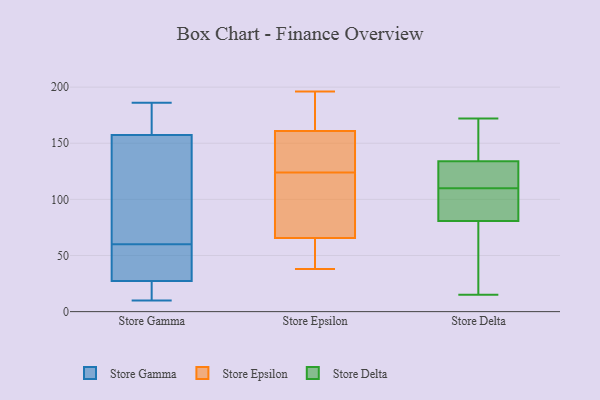
{"axis": {"x": "Latency (ms)", "y": "Value"}, "legend": ["Store Delta", "Store Epsilon", "Store Gamma"], "data": [{"x": "", "y": 34, "type": "Store Gamma"}, {"x": "", "y": 173, "type": "Store Gamma"}, {"x": "", "y": 64, "type": "Store Gamma"}, {"x": "", "y": 35, "type": "Store Gamma"}, {"x": "", "y": 60, "type": "Store Gamma"}, {"x": "", "y": 186, "type": "Store Gamma"}, {"x": "", "y": 131, "type": "Store Gamma"}, {"x": "", "y": 10, "type": "Store Gamma"}, {"x": "", "y": 166, "type": "Store Gamma"}, {"x": "", "y": 25, "type": "Store Gamma"}, {"x": "", "y": 23, "type": "Store Gamma"}, {"x": "", "y": 44, "type": "Store Epsilon"}, {"x": "", "y": 164, "type": "Store Epsilon"}, {"x": "", "y": 142, "type": "Store Epsilon"}, {"x": "", "y": 116, "type": "Store Epsilon"}, {"x": "", "y": 78, "type": "Store Epsilon"}, {"x": "", "y": 56, "type": "Store Epsilon"}, {"x": "", "y": 124, "type": "Store Epsilon"}, {"x": "", "y": 134, "type": "Store Epsilon"}, {"x": "", "y": 160, "type": "Store Epsilon"}, {"x": "", "y": 68, "type": "Store Epsilon"}, {"x": "", "y": 177, "type": "Store Epsilon"}, {"x": "", "y": 196, "type": "Store Epsilon"}, {"x": "", "y": 153, "type": "Store Epsilon"}, {"x": "", "y": 38, "type": "Store Epsilon"}, {"x": "", "y": 64, "type": "Store Epsilon"}, {"x": "", "y": 179, "type": "Store Epsilon"}, {"x": "", "y": 66, "type": "Store Epsilon"}, {"x": "", "y": 60, "type": "Store Delta"}, {"x": "", "y": 155, "type": "Store Delta"}, {"x": "", "y": 131, "type": "Store Delta"}, {"x": "", "y": 123, "type": "Store Delta"}, {"x": "", "y": 139, "type": "Store Delta"}, {"x": "", "y": 75, "type": "Store Delta"}, {"x": "", "y": 98, "type": "Store Delta"}, {"x": "", "y": 110, "type": "Store Delta"}, {"x": "", "y": 15, "type": "Store Delta"}, {"x": "", "y": 120, "type": "Store Delta"}, {"x": "", "y": 172, "type": "Store Delta"}, {"x": "", "y": 135, "type": "Store Delta"}, {"x": "", "y": 101, "type": "Store Delta"}, {"x": "", "y": 39, "type": "Store Delta"}, {"x": "", "y": 109, "type": "Store Delta"}]}